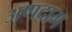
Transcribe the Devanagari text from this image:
अणदाग